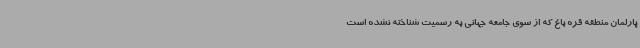
پارلمان منطقه قره باغ که از سوی جامعه جهانی به رسمیت شناخته نشده است